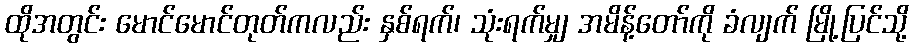
ထိုအတွင်း မောင်မောင်တုတ်ကလည်း နှစ်ရက်၊ သုံးရက်မျှ အမိန့်တော်ကို ခံလျက် မြို့ပြင်သို့